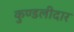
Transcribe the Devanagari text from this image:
कुण्डलीदार